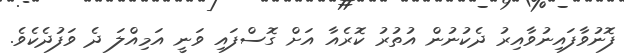
ފޮނުވާފައިނުވާއިރު ދެކުނުން އުތުރު ކޮރެއާ އަށް ގޮސްފައި ވަނީ އަމިއްލަ ދެ ވަފުދެކެވެ.